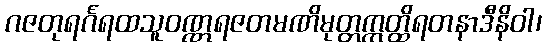
ဂဇတုရင်္ဂရထသူဝဏ္ဏရဇတမဏိမုတ္တဣတ္ထိရတနာဒီနိဝါ၊